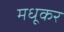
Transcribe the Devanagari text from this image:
मधूकर